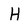
Character: H